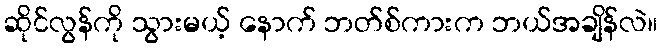
ဆိုင်လွန်ကို သွားမယ့် နောက် ဘတ်စ်ကားက ဘယ်အချိန်လဲ။